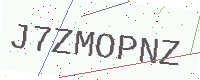
Text: J7ZMOPNZ